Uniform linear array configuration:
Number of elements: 64
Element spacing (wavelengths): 0.5
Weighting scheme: hamming
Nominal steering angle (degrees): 30
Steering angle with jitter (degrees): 30.874
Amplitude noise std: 0.05
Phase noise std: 0.05

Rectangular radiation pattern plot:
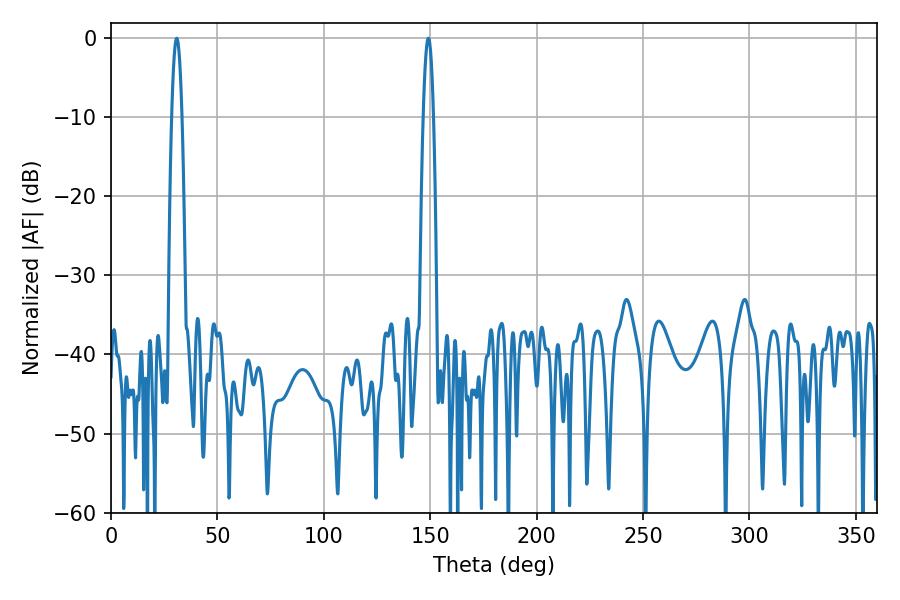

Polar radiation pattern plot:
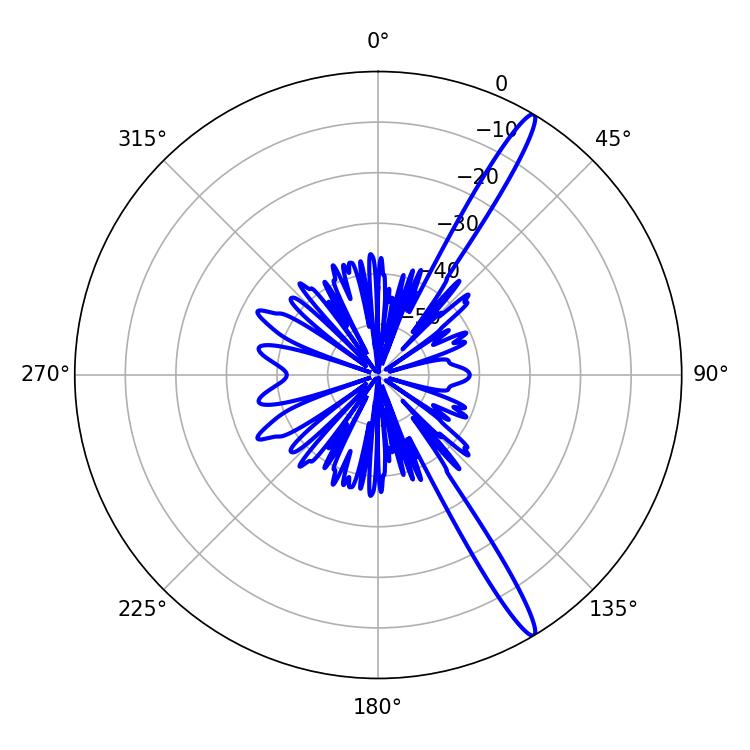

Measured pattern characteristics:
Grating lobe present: FALSE
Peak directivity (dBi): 15.854
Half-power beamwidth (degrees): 2.7
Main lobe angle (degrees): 149.04